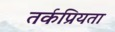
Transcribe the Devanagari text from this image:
तर्कप्रियता